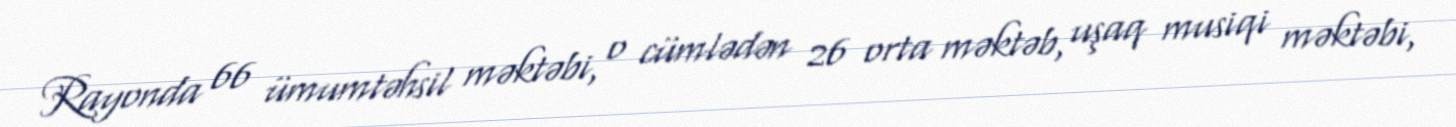
Rayonda 66 ümumtəhsil məktəbi, o cümlədən 26 orta məktəb, uşaq musiqi məktəbi,